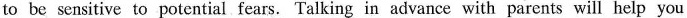
to be sensitive to potential fears. Talking in advance with parents will help you